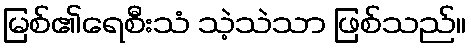
မြစ်၏ရေစီးသံ သဲ့သဲသာ ဖြစ်သည်။